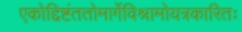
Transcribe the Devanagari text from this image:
एकोद्दिष्टंततोमार्गेविश्रामोयत्रकारितः